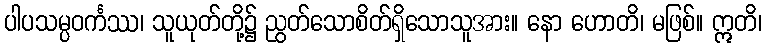
ပါပသမ္ပဝင်္ကဿ၊ သူယုတ်တို့၌ ညွတ်သောစိတ်ရှိသောသူအား။ နော ဟောတိ၊ မဖြစ်။ ဣတိ၊